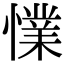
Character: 𢢜